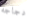
دجاجه